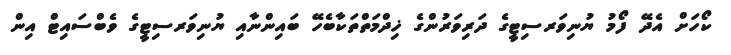
ކޯހަށް އެދޭ ފޯމު ޔުނިވަރސިޓީގެ ދަރިވަރުންގެ ޚިދްމަތްތަކާބެހޭ ބައިންނާއި ޔުނިވަރސިޓީގެ ވެބްސައިޓް އިން